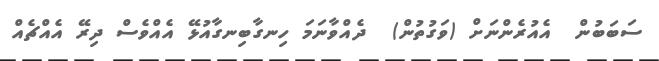
ސަބަބުން  އެއުރެންނަށް (ވަގުތުން)  ދެއްވާނަމަ ހިނގާބިނގާއުޅޭ އެއްވެސް ދިރޭ އެއްޗެއް